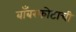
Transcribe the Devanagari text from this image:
बाँबस्फोटाची